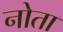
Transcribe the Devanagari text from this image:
नोता